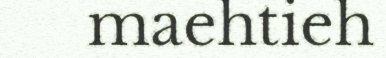
maehtieh